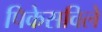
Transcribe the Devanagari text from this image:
पिकेसविले